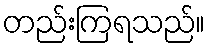
တည်းကြရသည်။